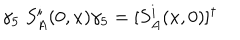
\gamma _ { 5 } \; S _ { A } ^ { i } ( 0 , x ) \gamma _ { 5 } = [ S _ { A } ^ { i } ( x , 0 ) ] ^ { \dagger }